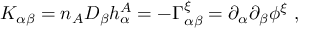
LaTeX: K _ { \alpha \beta } = n _ { A } D _ { \beta } h _ { \alpha } ^ { A } = - \Gamma _ { \alpha \beta } ^ { \xi } = \partial _ { \alpha } \partial _ { \beta } \phi ^ { \xi } ~ ,